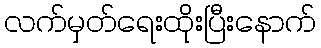
လက်မှတ်ရေးထိုးပြီးနောက်